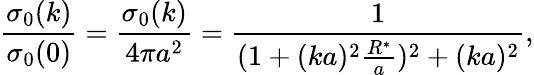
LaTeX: \frac{\sigma_{0}(k)}{\sigma_{0}(0)}=\frac{\sigma_{0}(k)}{4\pi a^{2}}=\frac{1}{(1+(ka)^{2}\frac{R^{*}}{a})^{2}+(ka)^{2}},